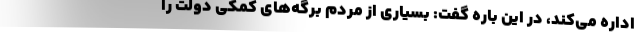
اداره می‌کند، در این باره گفت: بسیاری از مردم برگه‌های کمکی دولت را